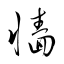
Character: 牆